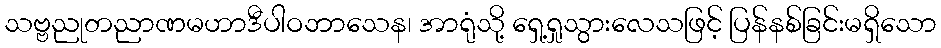
သဗ္ဗညုတညာဏမဟာဒီပါဝဘာသေန၊ အာရုံသို့ ရှေ့ရှုသွားလေသဖြင့် ပြန်နစ်ခြင်းမရှိသော